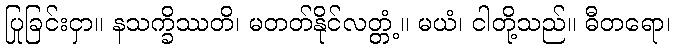
ပြုခြင်းငှာ။ နသက္ခိဿတိ၊ မတတ်နိုင်လတ္တံ့။ မယံ၊ ငါတို့သည်။ ဓီတရော၊